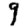
Digit: 9